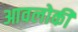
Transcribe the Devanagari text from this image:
आवलोकीं